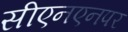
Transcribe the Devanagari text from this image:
सीएनएनपर